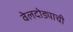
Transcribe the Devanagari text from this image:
वेलदोड्याची